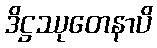
ဒိဋ္ဌဿုတေနာပိ